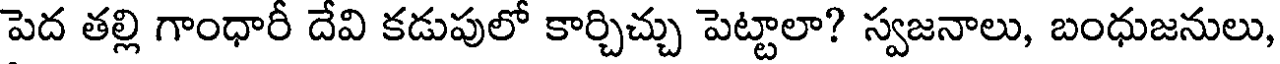
పెద తల్లి గాంధారీ దేవి కడుపులో కార్చిచ్చు పెట్టాలా? స్వజనాలు, బంధుజనులు,